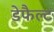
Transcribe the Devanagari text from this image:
डेफैल्ट